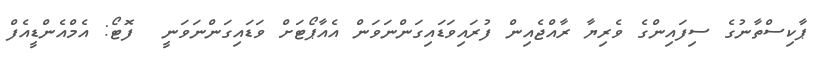
ޕާކިސްތާނުގެ ސިފައިންގެ ވެރިޔާ ރާއްޖެއިން ފުރައިވަޑައިގަންނަވަން އެއާޕޯޓަށް ވަޑައިގަންނަވަނީ  ފޮޓޯ: އެމްއެންޑީއެފް